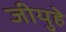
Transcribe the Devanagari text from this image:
जीयुहे